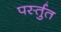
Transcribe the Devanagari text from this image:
पर्स्तुत